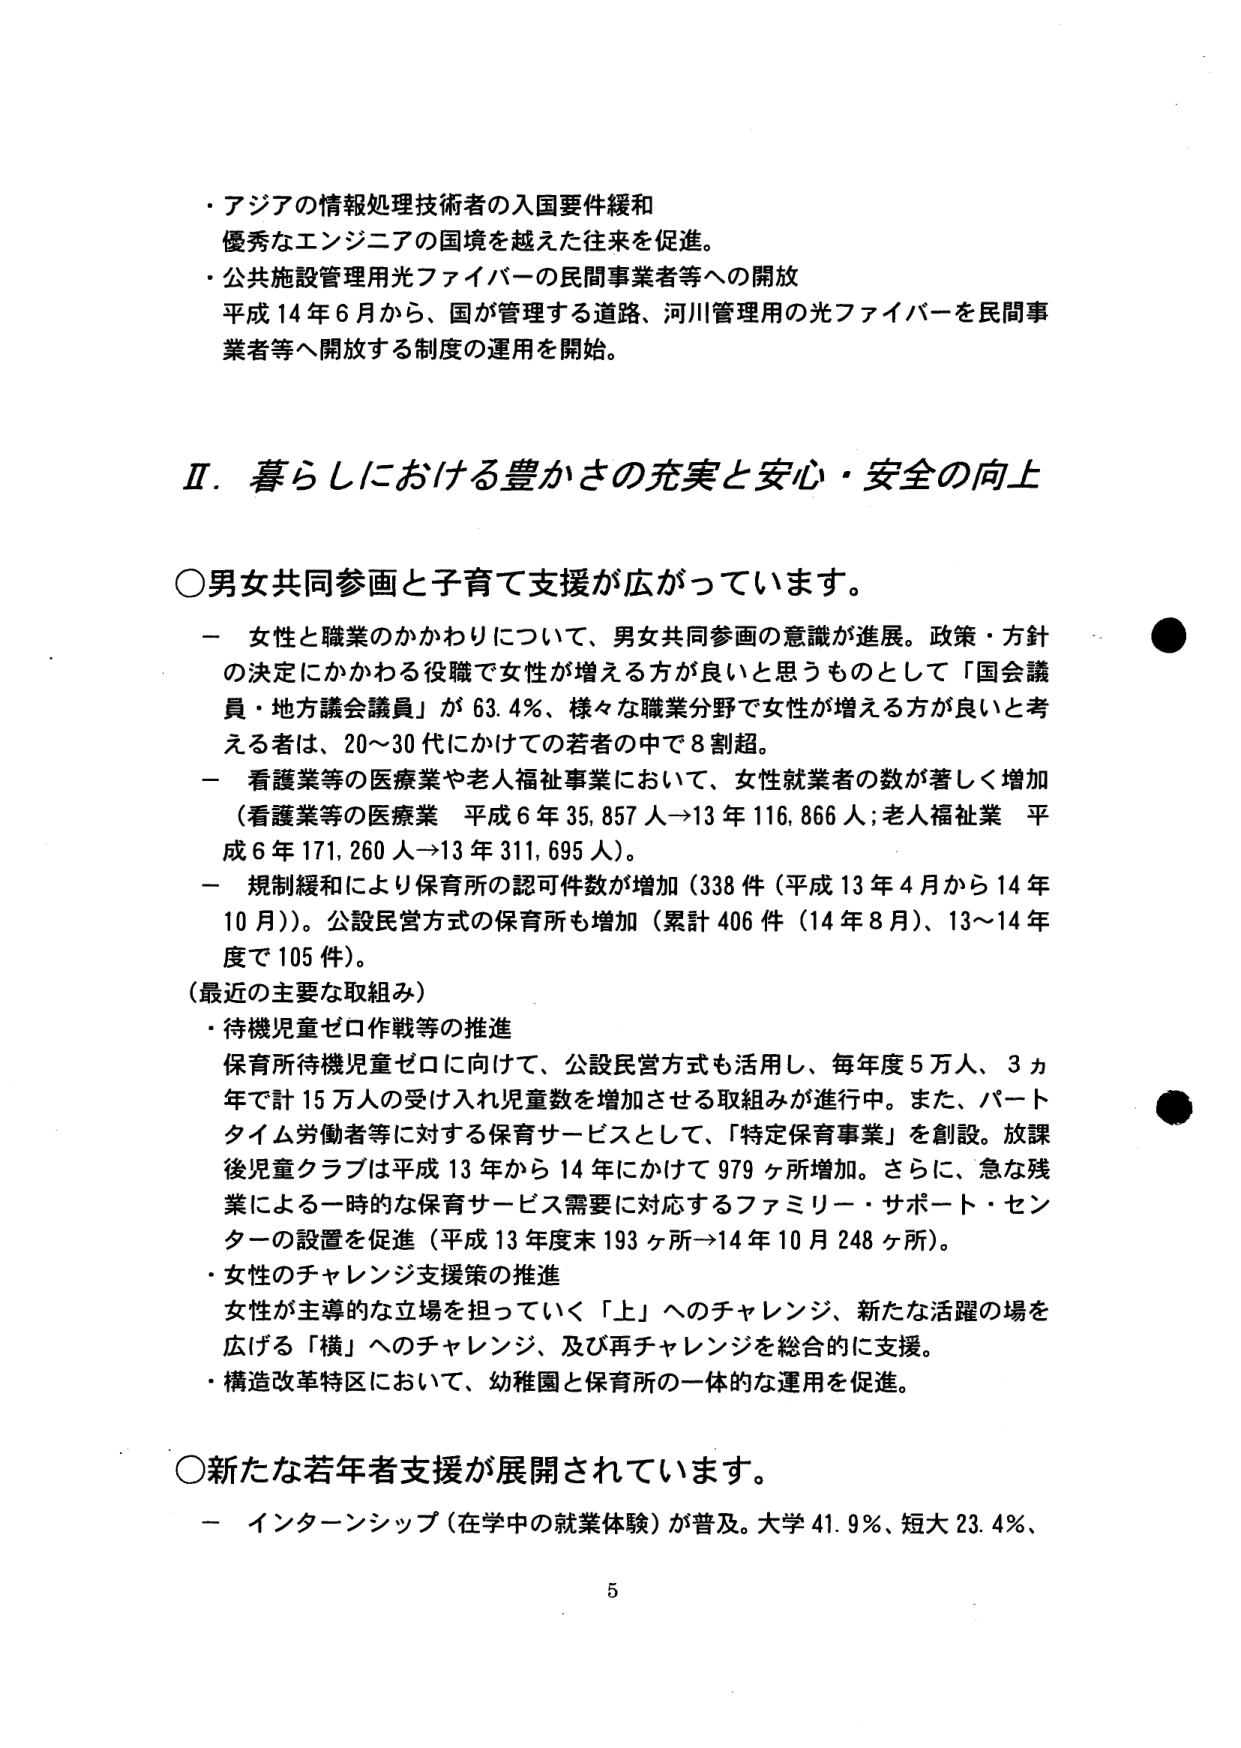
・アジアの情報処理技術者の入国要件緩和
優秀なエンジニアの国境を越えた往来を促進。
・公共施設管理用光ファイバーの民間事業者等への開放
平成14年6月から、国が管理する道路、河川管理用の光ファイバーを民間事業者等へ開放する制度の運用を開始。

Ⅱ．暮らしにおける豊かさの充実と安心・安全の向上

○男女共同参画と子育て支援が広がっています。
－ 女性と職業のかかわりについて、男女共同参画の意識が進展。政策・方針の決定にかかわる役職で女性が増える方が良いと思うものとして「国会議員・地方議会議員」が63.4％、様々な職業分野で女性が増える方が良いと考える者は、20～30代にかけての若者の中で8割超。
－ 看護業等の医療業や老人福祉事業において、女性就業者の数が著しく増加（看護業等の医療業 平成6年35,857人→13年116,866人；老人福祉業 平成6年171,260人→13年311,695人）。
－ 規制緩和により保育所の認可件数が増加（338件（平成13年4月から14年10月））。公設民営方式の保育所も増加（累計406件（14年8月）、13～14年度で105件）。

（最近の主要な取組み）
・待機児童ゼロ作戦等の推進
保育所待機児童ゼロに向けて、公設民営方式も活用し、毎年度5万人、3ヵ年で計15万人の受け入れ児童数を増加させる取組みが進行中。また、パートタイム労働者等に対する保育サービスとして、「特定保育事業」を創設。放課後児童クラブは平成13年から14年にかけて979ヶ所増加。さらに、急な残業による一時的な保育サービス需要に対応するファミリー・サポート・センターの設置を促進（平成13年度末193ヶ所→14年10月248ヶ所）。
・女性のチャレンジ支援策の推進
女性が主導的な立場を担っていく「上」へのチャレンジ、新たな活躍の場を広げる「横」へのチャレンジ、及び再チャレンジを総合的に支援。
・構造改革特区において、幼稚園と保育所の一体的な運用を促進。

○新たな若年者支援が展開されています。
－ インターンシップ（在学中の就業体験）が普及。大学41.9％、短大23.4％、

5